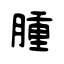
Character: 腫